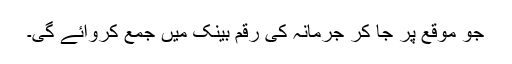
جو موقع پر جا کر جرمانہ کی رقم بینک میں جمع کروائے گی۔